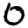
Digit: 0